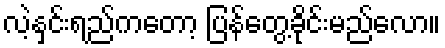
လဲ့နှင်းရည်ကတော့ ပြန်တွေ့ခိုင်းမည်လော။